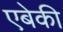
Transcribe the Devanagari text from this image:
एबेकी